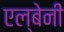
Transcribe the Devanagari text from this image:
एल्बेनी